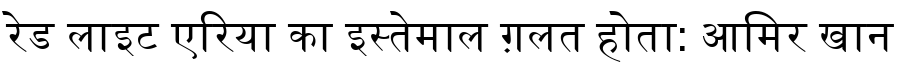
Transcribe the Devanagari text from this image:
रेड लाइट एरिया का इस्तेमाल ग़लत होता: आमिर खान